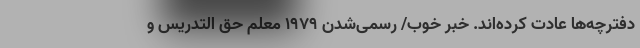
دفترچه‌ها عادت کرده‌اند. خبر خوب/ رسمی‌شدن 1979 معلم حق التدریس و